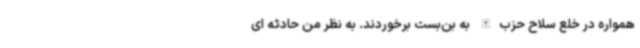
همواره در خلع سلاح حزب‌الله به بن‌بست برخوردند. به نظر من حادثه ای